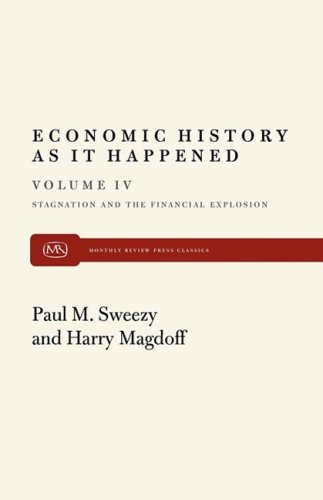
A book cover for Economic History as it Happened (Stagnation and the Financial Explosion)(volume IV); Harry Magdoff; Business & Money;